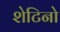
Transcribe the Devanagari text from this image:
शेटिनो